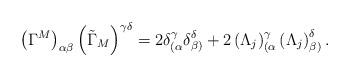
LaTeX: \begin{align*}\left( \Gamma ^{M}\right) _{\alpha \beta }\left( \tilde{\Gamma}_{M}\right)^{\gamma \delta }=2\delta _{(\alpha }^{\gamma }\delta _{\beta )}^{\delta}+2\left( \Lambda _{j}\right) _{(\alpha }^{\gamma }\left( \Lambda_{j}\right) _{\beta )}^{\delta }.\end{align*}